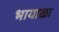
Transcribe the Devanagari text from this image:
भायाळा